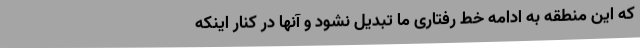
که این منطقه به ادامه خط رفتاری ما تبدیل نشود و آنها در کنار اینکه